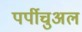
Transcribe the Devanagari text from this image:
पर्पीचुअल